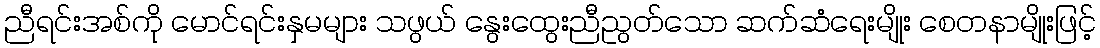
ညီရင်းအစ်ကို မောင်ရင်းနှမများ သဖွယ် နွေးထွေးညီညွတ်သော ဆက်ဆံရေးမျိုး စေတနာမျိုးဖြင့်